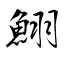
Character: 鮙